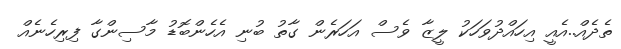
ތެދެއް..އެއީ އިހައްދުވަހަކު ލީޒާ ވެސް އަހަރެން ގާތު ބުނި އެހެންބޮޑު މާސިންގާ ފިރިހެނެއް